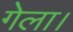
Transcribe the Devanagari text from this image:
गेला।